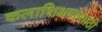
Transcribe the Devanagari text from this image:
कलाशिक्षणासाठी